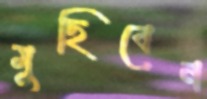
মুছিবেন